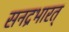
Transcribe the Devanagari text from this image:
सनद्रभारत्